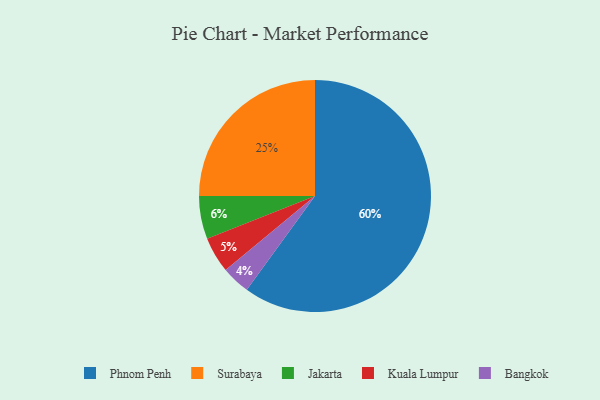
{"axis": {"x": "Category", "y": "Percentage"}, "legend": ["Bangkok", "Jakarta", "Kuala Lumpur", "Phnom Penh", "Surabaya"], "data": [{"x": "Surabaya", "y": 25, "type": "Surabaya"}, {"x": "Kuala Lumpur", "y": 5, "type": "Kuala Lumpur"}, {"x": "Jakarta", "y": 6, "type": "Jakarta"}, {"x": "Bangkok", "y": 4, "type": "Bangkok"}, {"x": "Phnom Penh", "y": 60, "type": "Phnom Penh"}]}